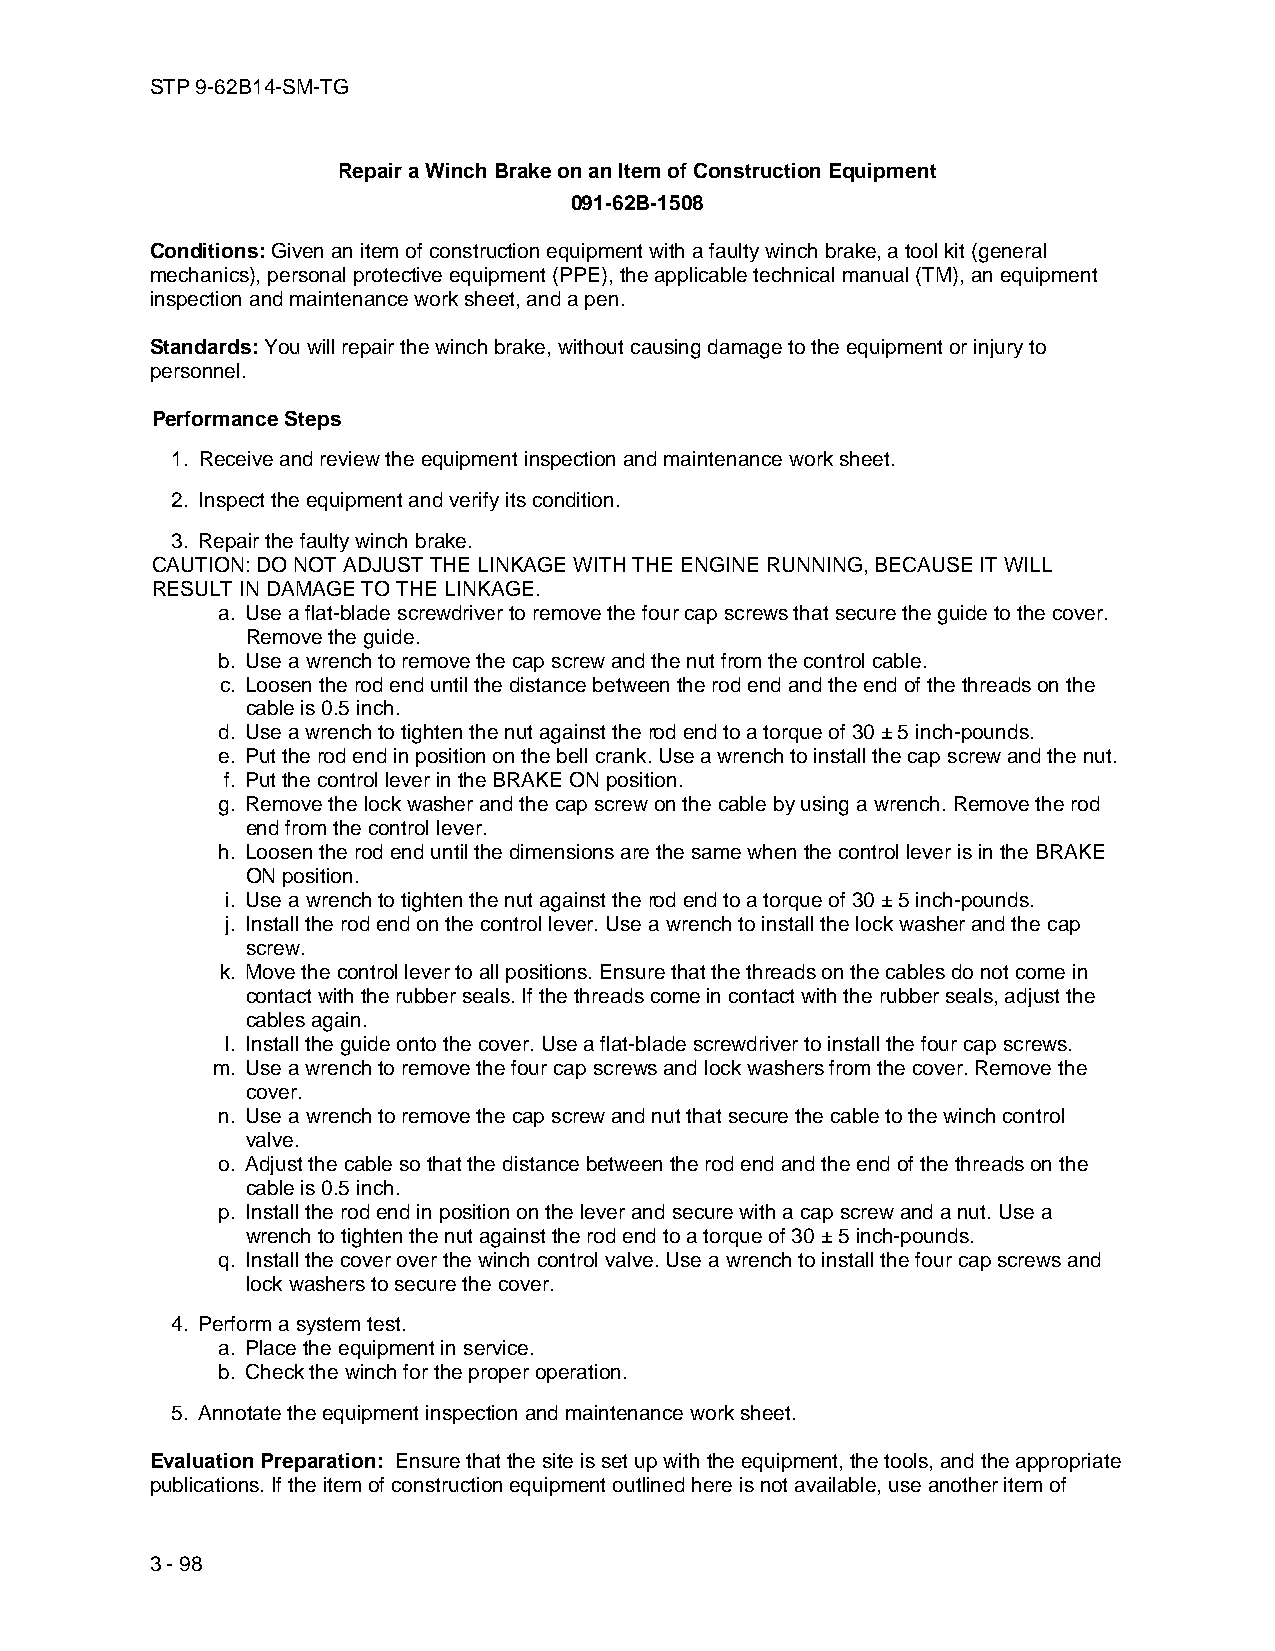
STP 9-62B14-SM-TG
 Repair a Winch Brake on an Item of Construction Equipment
 091-62B-1508
 Conditions: Given an item of construction equipment with a faulty winch brake, a tool kit (general
 mechanics), personal protective equipment (PPE), the applicable technical manual (TM), an equipment
 inspection and maintenance work sheet, and a pen.
 Standards: You will repair the winch brake, without causing damage to the equipment or injury to
 personnel.
 Performance Steps
 1. Receive and review the equipment inspection and maintenance work sheet.
 2. Inspect the equipment and verify its condition.
 3. Repair the faulty winch brake.
 CAUTION: DO NOT ADJUST THE LINKAGE WITH THE ENGINE RUNNING, BECAUSE IT WILL
 RESULT IN DAMAGE TO THE LINKAGE.
 a. Use a flat-blade screwdriver to remove the four cap screws that secure the guide to the cover.
 Remove the guide.
 b. Use a wrench to remove the cap screw and the nut from the control cable.
 c. Loosen the rod end until the distance between the rod end and the end of the threads on the
 cable is 0.5 inch.
 d. Use a wrench to tighten the nut against the rod end to a torque of 30 ± 5 inch-pounds.
 e. Put the rod end in position on the bell crank. Use a wrench to install the cap screw and the nut.
 f. Put the control lever in the BRAKE ON position.
 g. Remove the lock washer and the cap screw on the cable by using a wrench. Remove the rod
 end from the control lever.
 h. Loosen the rod end until the dimensions are the same when the control lever is in the BRAKE
 ON position.
 i. Use a wrench to tighten the nut against the rod end to a torque of 30 ± 5 inch-pounds.
 j. Install the rod end on the control lever. Use a wrench to install the lock washer and the cap
 screw.
 k. Move the control lever to all positions. Ensure that the threads on the cables do not come in
 contact with the rubber seals. If the threads come in contact with the rubber seals, adjust the
 cables again.
 l. Install the guide onto the cover. Use a flat-blade screwdriver to install the four cap screws.
 m. Use a wrench to remove the four cap screws and lock washers from the cover. Remove the
 cover.
 n. Use a wrench to remove the cap screw and nut that secure the cable to the winch control
 valve.
 o. Adjust the cable so that the distance between the rod end and the end of the threads on the
 cable is 0.5 inch.
 p. Install the rod end in position on the lever and secure with a cap screw and a nut. Use a
 wrench to tighten the nut against the rod end to a torque of 30 ± 5 inch-pounds.
 q. Install the cover over the winch control valve. Use a wrench to install the four cap screws and
 lock washers to secure the cover.
 4. Perform a system test.
 a. Place the equipment in service.
 b. Check the winch for the proper operation.
 5. Annotate the equipment inspection and maintenance work sheet.
 Evaluation Preparation: Ensure that the site is set up with the equipment, the tools, and the appropriate
 publications. If the item of construction equipment outlined here is not available, use another item of
 3 - 98